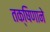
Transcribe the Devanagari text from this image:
तक्षिणाने